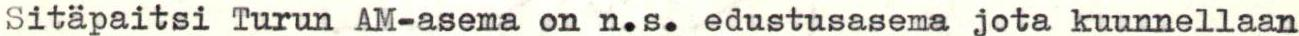
Sitäpaitsi Turun AM-asema on n.s. edustusasema jota kuunnellaan